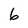
Character: 6